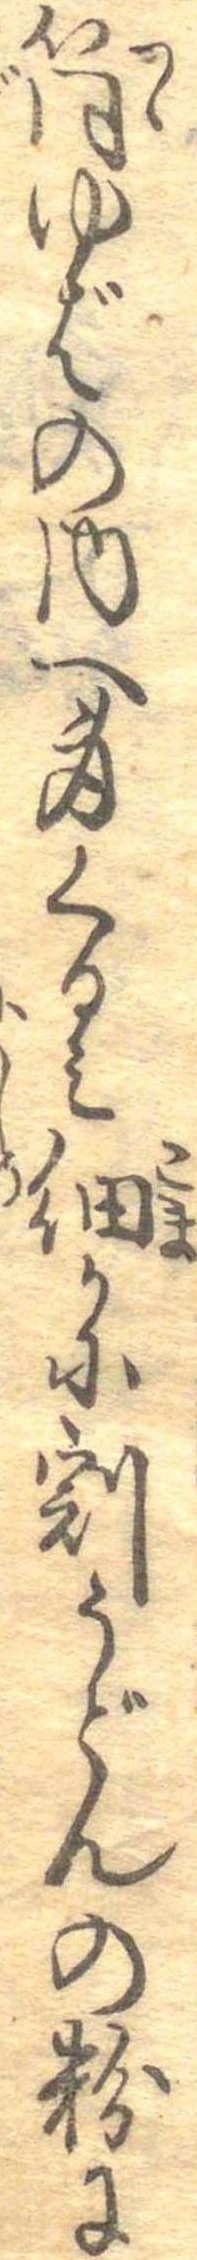
筒ゆばの内へ身くるみ細かに割うどんの粉に